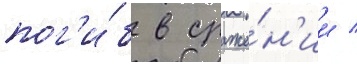
пог'и́б в сраже́н'ии /